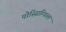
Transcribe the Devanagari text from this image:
पोस्सिम्पिब्ल